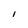
Character: l